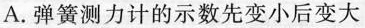
A.弹簧测力计的示数先变小后变大